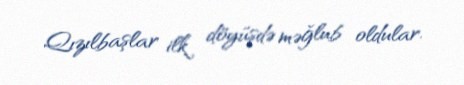
Qızılbaşlar ilk döyüşdə məğlub oldular.